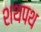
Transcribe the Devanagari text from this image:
शथपथ